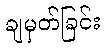
ချမှတ်ခြင်း